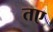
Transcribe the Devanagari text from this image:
तए